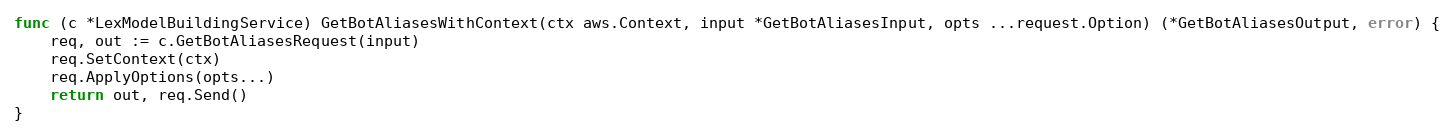
Language: Go
func (c *LexModelBuildingService) GetBotAliasesWithContext(ctx aws.Context, input *GetBotAliasesInput, opts ...request.Option) (*GetBotAliasesOutput, error) {
	req, out := c.GetBotAliasesRequest(input)
	req.SetContext(ctx)
	req.ApplyOptions(opts...)
	return out, req.Send()
}